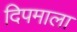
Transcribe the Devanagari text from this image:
दिपमाला